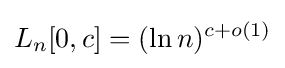
L_{n}[0,c]=(\ln n)^{c+o(1)}